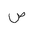
Letter: _sad